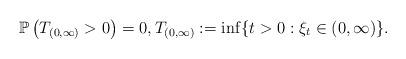
LaTeX: \begin{align*}\mathbb{P}\left(T_{(0,\infty)}>0\right)=0,T_{(0,\infty)}:=\inf\{t>0 : \xi_{t}\in(0,\infty)\}.\end{align*}